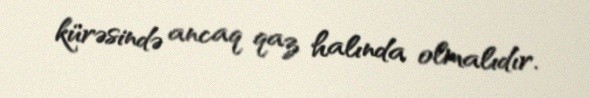
kürəsində ancaq qaz halında olmalıdır.